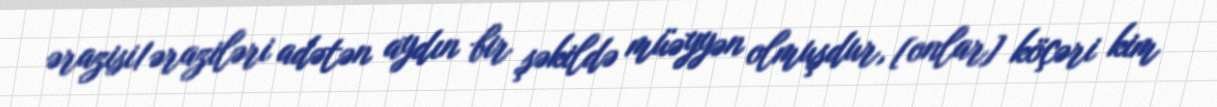
ərazisi/əraziləri adətən aydın bir şəkildə müəyyən olmuşdur, [onlar] köçəri kim